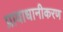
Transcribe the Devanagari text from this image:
प्रावाधानीकरण